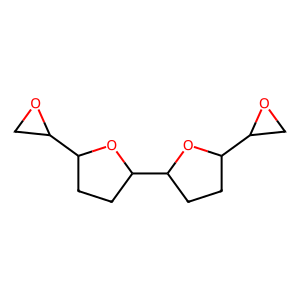
SMILES: C1OC1C1CCC(C2CCC(C3CO3)O2)O1
Inhibits HIV replication: No